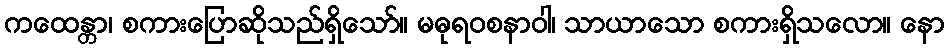
ကထေန္တာ၊ စကားပြောဆိုသည်ရှိသော်။ မဓုရဝစနာဝါ၊ သာယာသော စကားရှိသလော။ နော